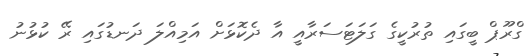
ގްރޫޕް ބީގައި ތުރުކީގެ ގަލަޓަސަރާއީ އާ ދެކޮޅަށް އަމިއްލަ ދަނޑުގައި ރޭ ކުޅުނު